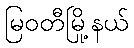
မြဝတီမြို့နယ်